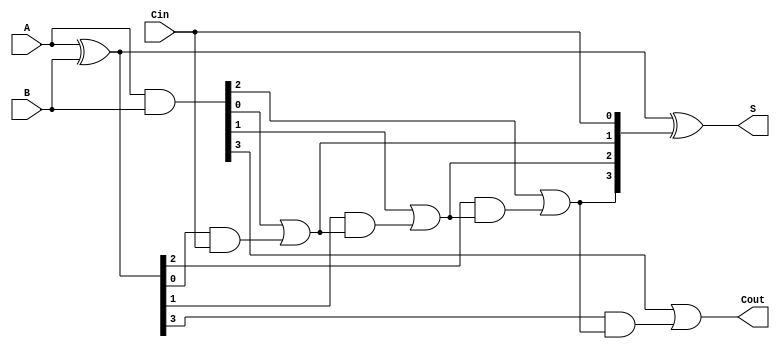
module CarryInLookaheadAdder #(parameter n = 4) (
    input [n-1:0] A,       // First operand
    input [n-1:0] B,       // Second operand
    input Cin,             // Carry input
    output [n-1:0] S,      // Sum output
    output Cout            // Carry output
);
    wire [n-1:0] G;  // Generate signals
    wire [n-1:0] P;  // Propagate signals
    wire [n:0] C;    // Carry signals

    // Generate and Propagate Logic
    assign G = A & B;        // Generate = A AND B
    assign P = A ^ B;        // Propagate = A XOR B

    // Carry Logic
    assign C[0] = Cin;  // C0 is the input carry
    genvar i;
    generate
        for (i = 1; i <= n; i = i + 1) begin : carry_logic
            assign C[i] = G[i-1] | (P[i-1] & C[i-1]);  // Carry calculation
        end
    endgenerate

    // Sum Calculation
    assign S = P ^ C[n-1:0];  // Sum = Propagate XOR Carry

    // Carry Out Calculation
    assign Cout = G[n-1] | (P[n-1] & C[n-1]);  // Final carry out

endmodule